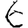
Digit: 6